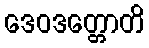
ဒေဝဒတ္တောတိ